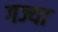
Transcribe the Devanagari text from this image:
गज्या